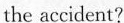
the accident?